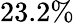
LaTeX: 23.2\%